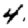
Digit: 4